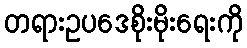
တရားဥပဒေစိုးမိုးရေးကို